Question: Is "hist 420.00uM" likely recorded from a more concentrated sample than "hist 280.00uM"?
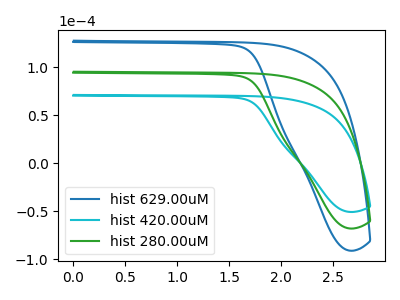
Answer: <think>The blue curve "hist 629.00uM" has no peaks. The cyan curve "hist 420.00uM" has no peaks. The green curve "hist 280.00uM" has no peaks.
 Neither "hist 420.00uM" or "hist 280.00uM" have any peaks.</think>
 <answer>I cant tell if "hist 420.00uM" or "hist 280.00uM" has more signal.</answer>
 <eval>mixed_signal</eval>